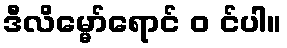
ဒီလိမ္မော်ရောင် ၀ င်ပါ။